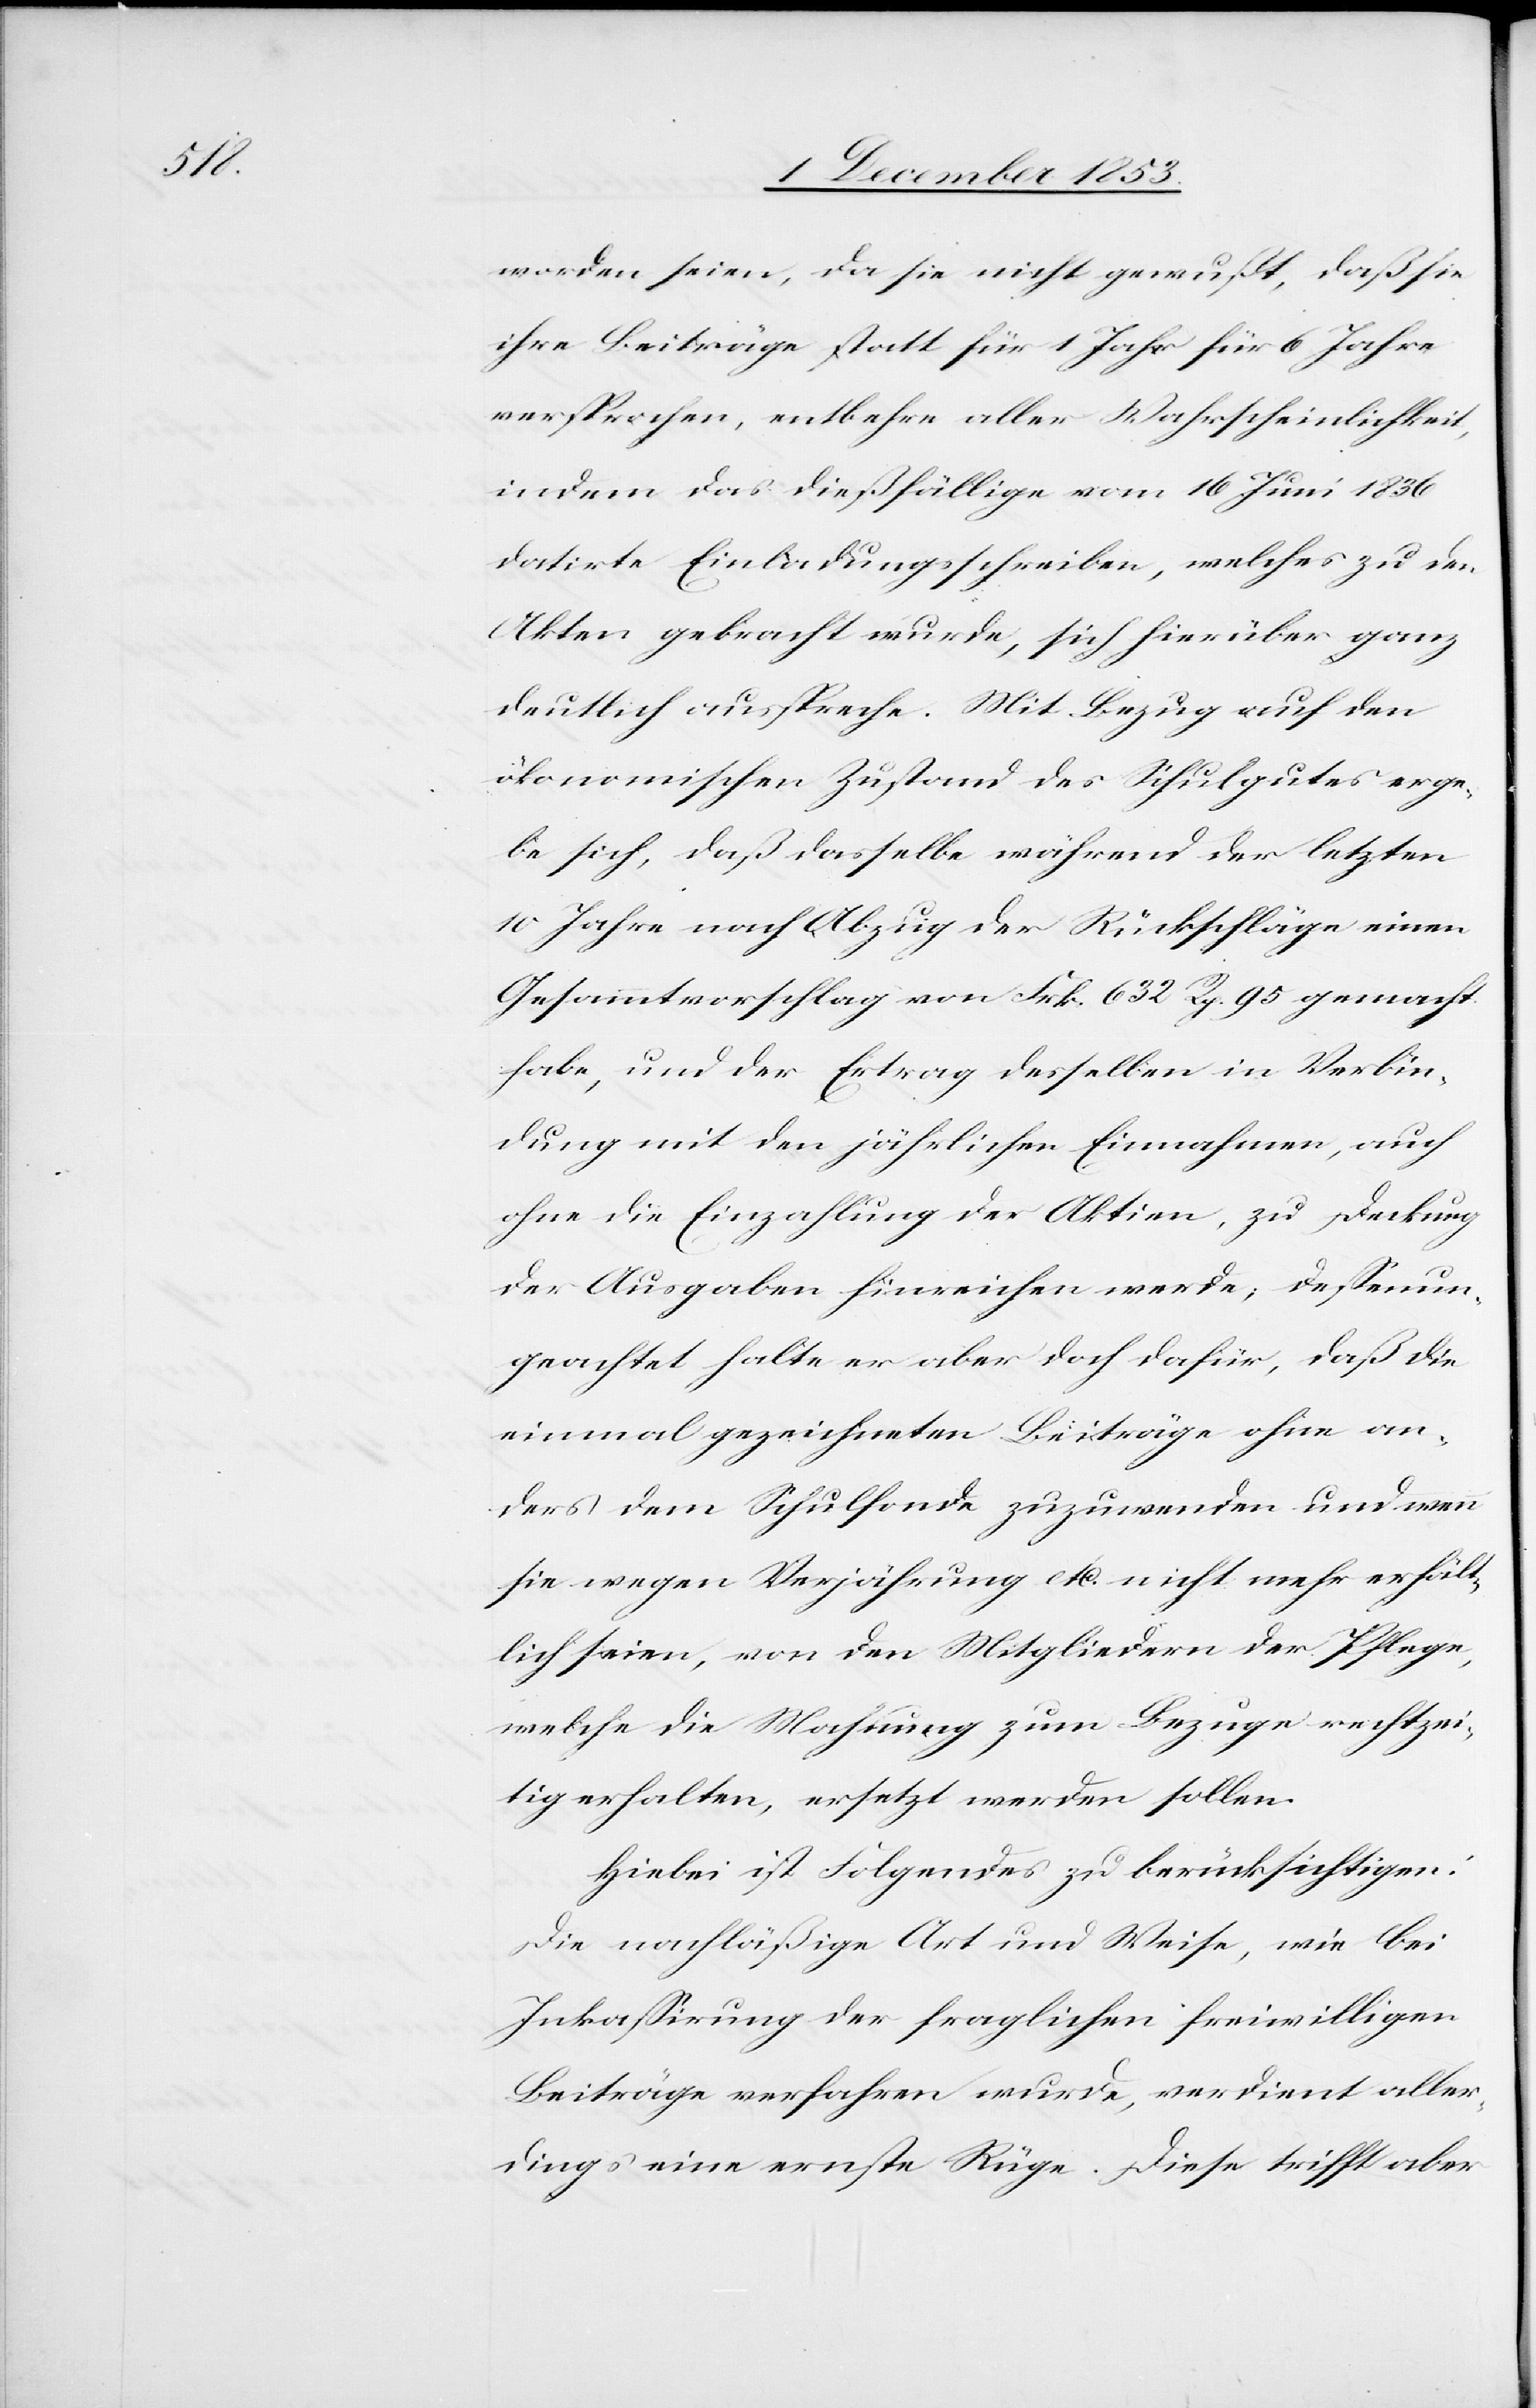
worden seien, da sie nicht gewußt, daß sie
ihre Beiträge statt für 1 Jahr für 6 Jahre
versprochen, entbehre aller Wahrscheinlichkeit,
indem das dießfällige vom 16 Juni 1836
datirte Einladungsschreiben, welches zu den
Akten gebracht wurde, sich hierüber ganz
deutlich ausspreche. Mit Bezug auf den
ökonomischen Zustand des Schulgutes erge¬
be sich, daß dasselbe während der letzten
10 Jahre nach Abzug der Rückschläge einen
Gesammtvorschlag von Frk. 632 Rp. 95 gemacht
habe, und der Ertrag desselben in Verbin¬
dung mit den jährlichen Einnahmen, auch
ohne Einzahlung der Aktiven, zu Deckung
der Ausgaben hinreichen werde, deßenun¬
geachtet halte er aber doch dafür, daß die
einmal gezeichneten Beiträge ohne an¬
ders dem Schulfonde zuzuwenden und wenn
sie wegen Verjährung etc. nicht mehr erhält¬
lich seien, von den Mitgliedern der Pflege,
welche die Mahnung zum Bezuge rechtzei¬
tig erhalten, ersetzt werden sollen.
Hiebei ist Folgendes zu berücksichtigen:
Die nachläßige Art und Weise, wie bei
Inkaßirung der fraglichen freiwilligen
Beiträge verfahren wurde, verdient aller¬
dings eine ernste Rüge. Diese trifft aber